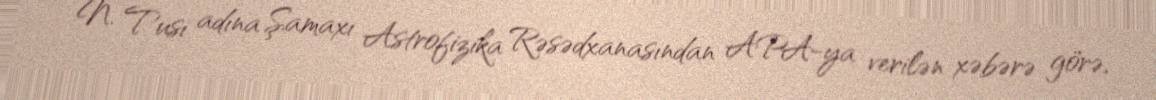
N. Tusi adına Şamaxı Astrofizika Rəsədxanasından APA-ya verilən xəbərə görə,